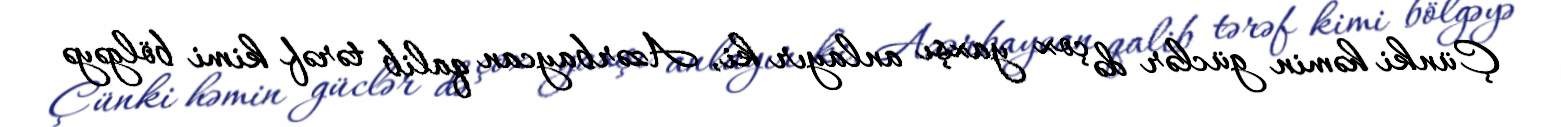
Çünki həmin güclər də çox yaxşı anlayır ki, Azərbaycan qalib tərəf kimi bölgəyə